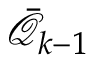
\bar { \mathcal Q } _ { k - 1 }